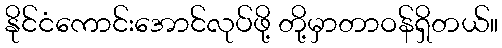
နိုင်ငံကောင်းအောင်လုပ်ဖို့ တို့မှာတာဝန်ရှိတယ်။